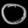
Digit: ၀